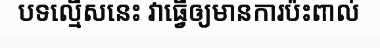
បទល្មើសនេះ វាធ្វើឲ្យមានការប៉ះពាល់